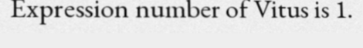
Expression number of Vitus is 1.